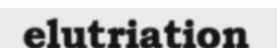
elutriation